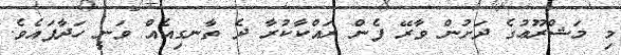
މި މަޝްރޫޢުގެ ދަށުން ވާރޭ ފެން ރައްކާކުރާ ދެ ތާނގިއެއް ވަނީ ހަދާފައެވެ.